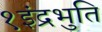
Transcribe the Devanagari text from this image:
१इंद्रभुति